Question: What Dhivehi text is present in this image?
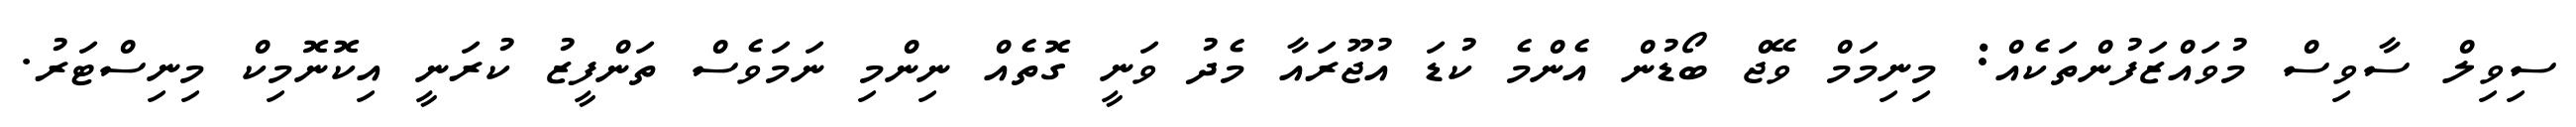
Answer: ސިވިލް ސާވިސް މުވައްޒަފުންތަކެއް: މިނިމަމް ވޭޖް ބޯޑުން އެންމެ ކުޑަ އުޖޫރައާ މެދު ވަނީ ގޮތެއް ނިންމި ނަމަވެސް ތަންފީޒު ކުރަނީ އިކޮނޮމިކް މިނިސްޓަރު.